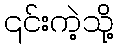
၎င်းကဲ့သို့